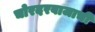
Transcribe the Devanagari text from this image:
चोरदरवाजाची